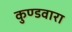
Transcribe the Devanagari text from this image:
कुण्डवारा